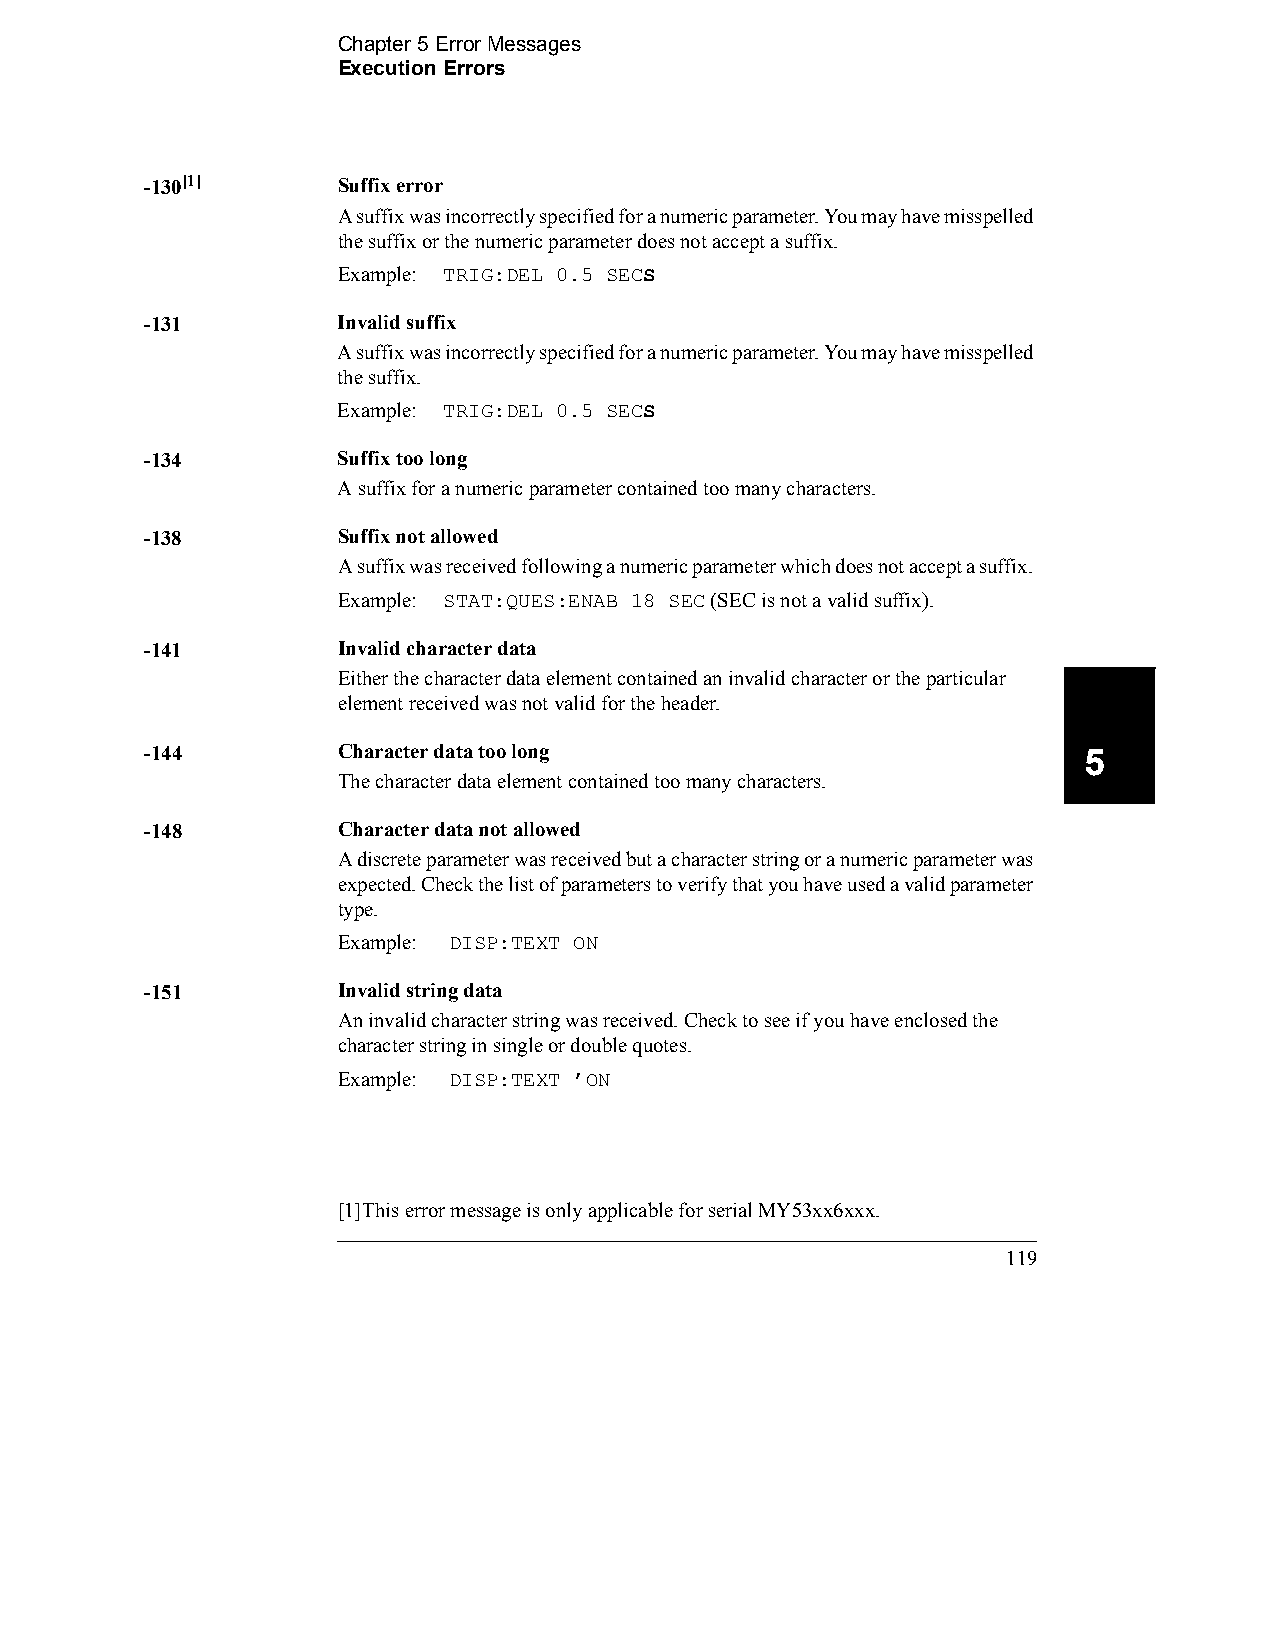
Chapter 5 Error Messages
 Execution Errors
 -130[1]     Suffix error
 A suffix was incorrectly specified for a numeric parameter. You may have misspelled
 the suffix or the numeric parameter does not accept a suffix.
 Example: TRIG:DEL 0.5 SECS
 -131        Invalid suffix
 A suffix was incorrectly specified for a numeric parameter. You may have misspelled
 the suffix.
 Example: TRIG:DEL 0.5 SECS
 -134        Suffix too long
 A suffix for a numeric parameter contained too many characters.
 -138        Suffix not allowed
 A suffix was received following a numeric parameter which does not accept a suffix.
 Example: STAT:QUES:ENAB 18 SEC (SEC is not a valid suffix).
 -141        Invalid character data
 Either the character data element contained an invalid character or the particular
 element received was not valid for the header.
 -144        Character data too long                           5
 The character data element contained too many characters.
 -148        Character data not allowed
 A discrete parameter was received but a character string or a numeric parameter was
 expected. Check the list of parameters to verify that you have used a valid parameter
 type.
 Example: DISP:TEXT ON
 -151        Invalid string data
 An invalid character string was received. Check to see if you have enclosed the
 character string in single or double quotes.
 Example: DISP:TEXT ’ON
 [1]This error message is only applicable for serial MY53xx6xxx.
 119